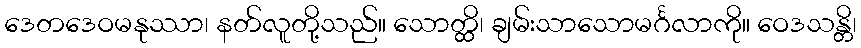
ဒေတဒေဝမနုဿာ၊ နတ်လူတို့သည်။ သောတ္ထိ၊ ချမ်းသာသောမင်္ဂလာကို။ ဝေဒသန္တိ၊